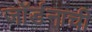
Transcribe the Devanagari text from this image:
जॉर्डनाची